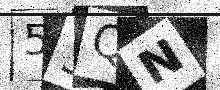
Text: 53QN